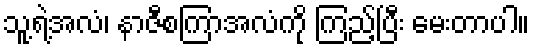
သူ့ရဲ့အလံ၊ နာဇီစကြာအလံကို ကြည့်ပြီး မေးတာပါ။